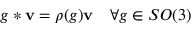
g * \mathbf { v } = \rho ( g ) \mathbf { v } \quad \forall g \in S O ( 3 )